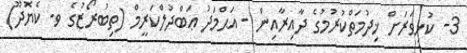
3- ކުޅިވަރަށް ޚިދުމަތްކުރުމުގެ ދާއިރާއިން - އަޙްމަދު ޢަބްދުލްކަރީމް (ތިބުރޯޒުގެ ވ. ކެޔޮދޫ)